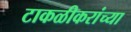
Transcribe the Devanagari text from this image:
टाकळीकरांच्या